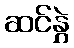
ဆင်နွှဲ